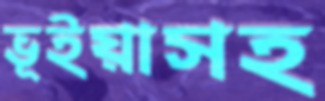
ভূইয়াসহ